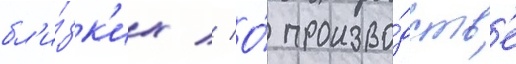
бл'и́зк'их // О́ произво́дств'е